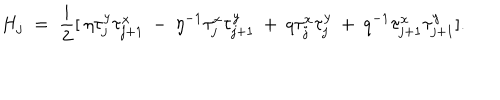
H _ { j } \; = \; \frac { i } { 2 } [ \: \eta \tau _ { j } ^ { y } \tau _ { j + 1 } ^ { x } \: - \: \eta ^ { - 1 } \tau _ { j } ^ { x } \tau _ { j + 1 } ^ { y } \: + \: q \tau _ { j } ^ { x } \tau _ { j } ^ { y } \: + \: q ^ { - 1 } \tau _ { j + 1 } ^ { x } \tau _ { j + 1 } ^ { y } ] .